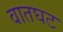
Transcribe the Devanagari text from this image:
वातघट